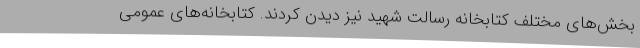
بخش‌های مختلف کتابخانه رسالت شهید نیز دیدن کردند. کتابخانه‌های عمومی